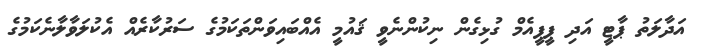
އަދާލަތު ޕާޓީ އަދި ޕީޕީއެމް ގުޅިގެން ނިކުންނެވީ ޤައުމީ އެއްބައިވަންތަކަމުގެ ސަރުކާރެއް އެކުލަވާލާނެކަމުގެ